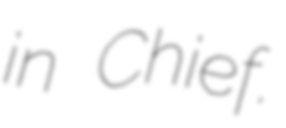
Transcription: in Chief.